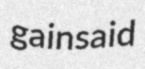
gainsaid